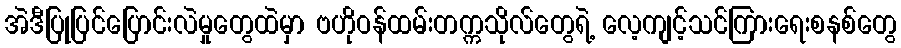
အဲဒီပြုပြင်ပြောင်းလဲမှုတွေထဲမှာ ဗဟိုဝန်ထမ်းတက္ကသိုလ်တွေရဲ့ လေ့ကျင့်သင်ကြားရေးစနစ်တွေ